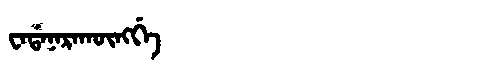
Manchu: ᠸᠠᡩᠠᠨᠠᡵᠠᡴᡡᠩᡤᡝ
Romanization: WADANARAKŪNGGE